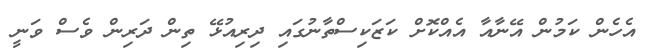
އެހެން ކަމުން އޭނާއާ އެއްކޮށް ކަޒަކިސްތާނުގައި ދިރިއުޅޭ ތިން ދަރިން ވެސް ވަނީ